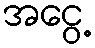
အငွေ့